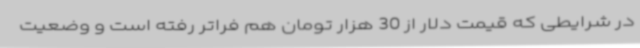
در شرایطی که قیمت دلار از 30 هزار تومان هم فراتر رفته است و وضعیت